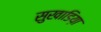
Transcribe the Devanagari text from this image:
सुखाडिय़ा